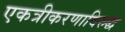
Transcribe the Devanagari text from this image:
एकत्रीकरणाविरुद्ध